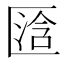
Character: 𱑋